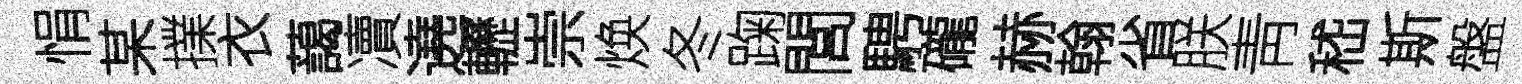
悁某擈衣藹凟遶轣崇焕冬踘閭騁礲赫翰省朕靑嵇斯盤